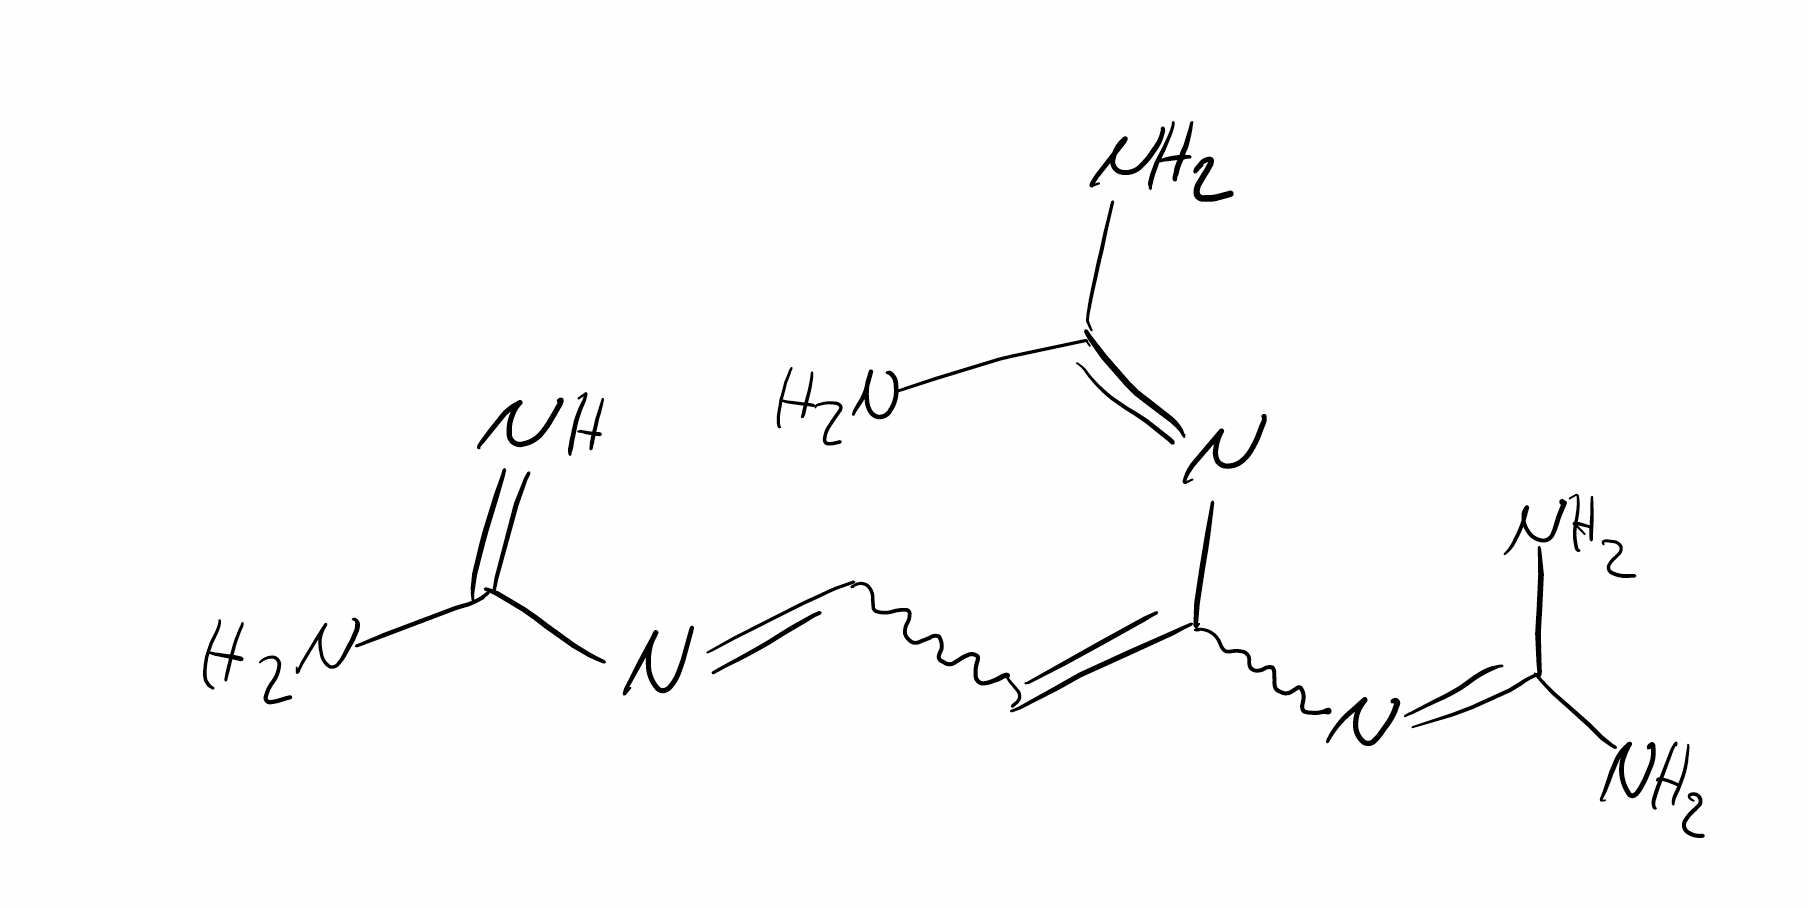
Simplified molecular-input line-entry system (SMILES) notation of the given molecule:
C(=C(N=C(N)N)N=C(N)N)C=NC(=N)N